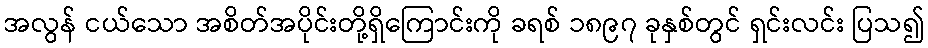
အလွန် ငယ်သော အစိတ်အပိုင်းတို့ရှိကြောင်းကို ခရစ် ၁၈၉၇ ခုနှစ်တွင် ရှင်းလင်း ပြသ၍